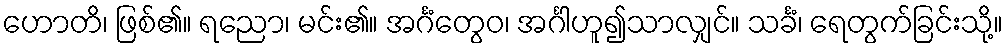
ဟောတိ၊ ဖြစ်၏။ ရညော၊ မင်း၏။ အင်္ဂံတွေဝ၊ အင်္ဂါဟူ၍သာလျှင်။ သင်္ခံ၊ ရေတွက်ခြင်းသို့။